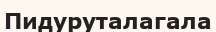
Пидуруталагала